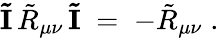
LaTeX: {\mathbf{\tilde{I}}}\, {\tilde{R}}_{\mu\nu}\, {\mathbf{\tilde{I}}}\; =\; -{\tilde{R}}_{\mu\nu}\; .